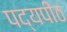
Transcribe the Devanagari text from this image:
पद्यपीठ